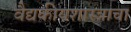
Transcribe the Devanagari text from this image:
वैद्यकीयशास्त्राचा